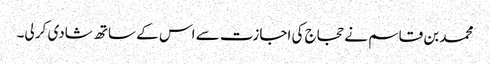
محمد بن قاسم نے حجاج کی اجازت سے اس کے ساتھ شادی کر لی۔